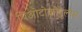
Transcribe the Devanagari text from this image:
थिओटोकोपूलोस